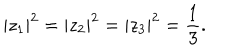
LaTeX: | z _ { 1 } | ^ { 2 } = | z _ { 2 } | ^ { 2 } = | z _ { 3 } | ^ { 2 } = \frac { 1 } { 3 } .